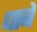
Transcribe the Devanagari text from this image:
धाबें